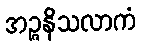
အဉ္ဇနိသလာကံ